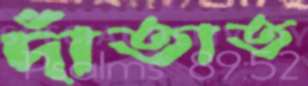
দাঁতাত